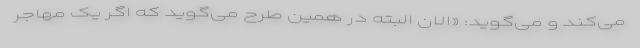
می‌کند و می‌گوید: «الان البته در همین طرح می‌گوید که اگر یک مهاجر